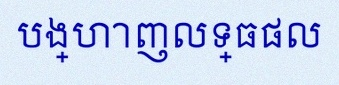
បង្ហាញលទ្ធផល